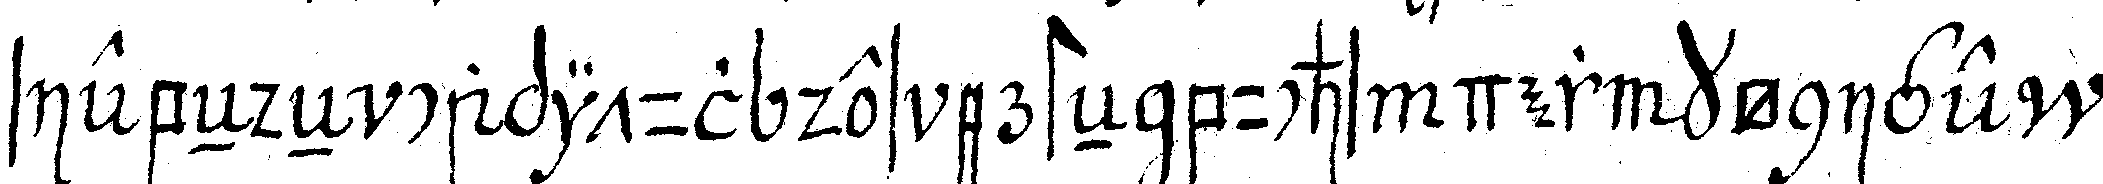
siebeNdeN capitul des ersteNnbuchs der könige